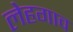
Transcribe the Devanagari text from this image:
लेहगाव